Annual report of the Bengal Veterinary College and of the Civil Veterinary Department, Bengal, for the year 1910-1911 - 1910-1911
Year: 1910
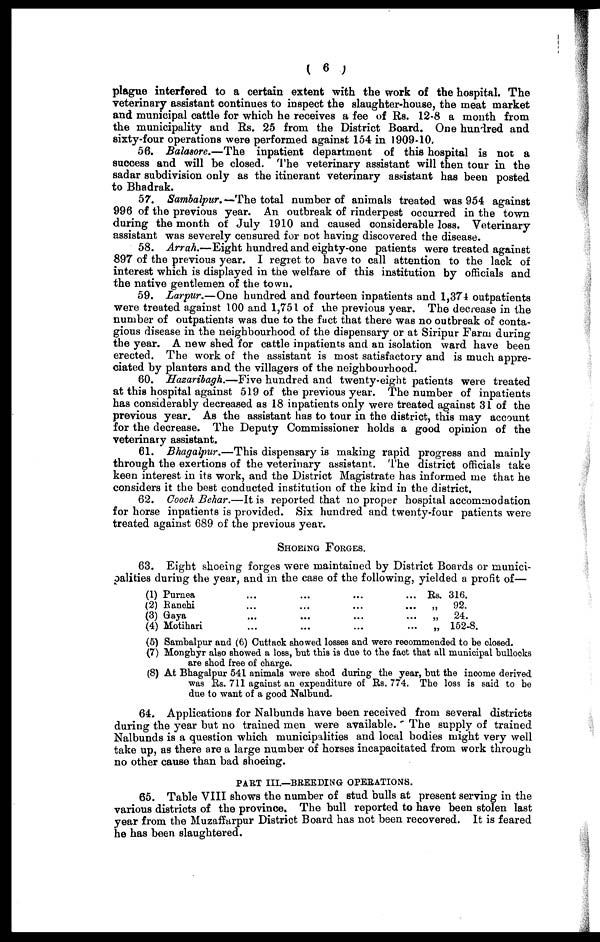
( 6 )
plague interfered to a certain extent with the work of the hospital. The
veterinary assistant continues to inspect the slaughter-house, the meat market
and municipal cattle for which he receives a fee of Rs. 12-8 a month from
the municipality and Rs. 25 from the District Board. One hundred and
sixty-four operations were performed against 154 in 1909-10,
56. Balasore.—The inpatient department of this hospital is not a
success and will be closed. The veterinary assistant will then tour in the
sadar subdivision only as the itinerant veterinary assistant has been posted
to Bhadrak.
57. Sambalpur.—The total number of animals treated was 954 against
996 of the previous year. An outbreak of rinderpest occurred in the town
during the month of July 1910 and caused considerable loss. Veterinary
assistant was severely censured for not having discovered the disease.
58. Arrah.—Eight hundred and eighty-one patients were treated against
897 of the previous year. I regret to have to call attention to the lack of
interest which is displayed in the welfare of this institution by officials and
the native gentlemen of the town.
59. Larpur.—One hundred and fourteen inpatients and 1,374 outpatients
were treated against 100 and 1,751 of the previous year. The decrease in the
number of outpatients was due to the fact that there was no outbreak of conta-
gious disease in the neighbourhood of the dispensary or at Siripur Farm during
the year. A new shed for cattle inpatients and an isolation ward have been
erected. The work of the assistant is most satisfactory and is much appre-
ciated by planters and the villagers of the neighbourhood.
60. Hazaribagh.—Five hundred and twenty-eight patients were treated
at this hospital against 519 of the previous year. The number of inpatients
has considerably decreased as 18 inpatients only were treated against 31 of the
previous year. As the assistant has to tour in the district, this may account
for the decrease. The Deputy Commissioner holds a good opinion of the
veterinary assistant.
61. Bhagalpur.—This dispensary is making rapid progress and mainly
through the exertions of the veterinary assistant. The district officials take
keen interest in its work, and the District Magistrate has informed me that he
considers it the best conducted institution of the kind in the district,
62. Cooch Behar.—It is reported that no proper hospital accommodation
for horse inpatients is provided. Six hundred and twenty-four patients were
treated against 689 of the previous year.
SHOEING FORGES.
63. Eight shoeing forges were maintained by District Boards or munici-
palities during the year, and in the case of the following, yielded a profit of—
(1) Purnea
(2) Ranchi
(3) Gaya
(4) Motihari
...
...
...
...
...
...
...
...
...
...
...
...
...
...
...
...
Rs.
„
„
„
316.
92.
24.
152-8.
(5) Sambalpur and (6) Cuttack showed losses and were recommended to be closed.
(7) Monghyr also showed a loss, but this is due to the fact that all municipal bullocks
are shod free of charge.
(8) At Bhagalpur 541 animals were shod during the year, but the income derived
was Rs. 711 against an expenditure of Rs, 774. The loss is said to be
due to want of a good Nalbund.
64. Applications for Nalbunds have been received from several districts
during the year but no trained men were available. The supply of trained
Nalbunds is a question which municipalities and local bodies might very well
take up, as there are a large number of horses incapacitated from work through
no other cause than bad shoeing.
PART III.—BREEDING OPERATIONS.
65. Table VIII shows the number of stud bulls at present serving in the
various districts of the province. The bull reported to have been stolen last
year from the Muzaffarpur District Board has not been recovered. It is feared
he has been slaughtered.